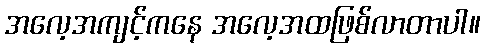
အလေ့အကျင့်ကနေ အလေ့အထဖြစ်လာတာပါ။